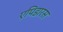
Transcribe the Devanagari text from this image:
एपिडारस